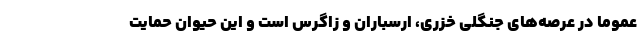
عموما در عرصه‌های جنگلی خزری، ارسباران و زاگرس است و این حیوان حمایت